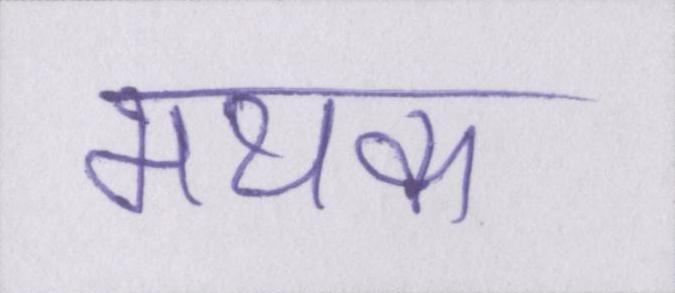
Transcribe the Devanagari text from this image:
मथक